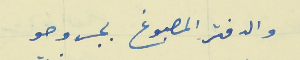
والدفتر المصبوغ بجروحو